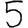
Digit: 5